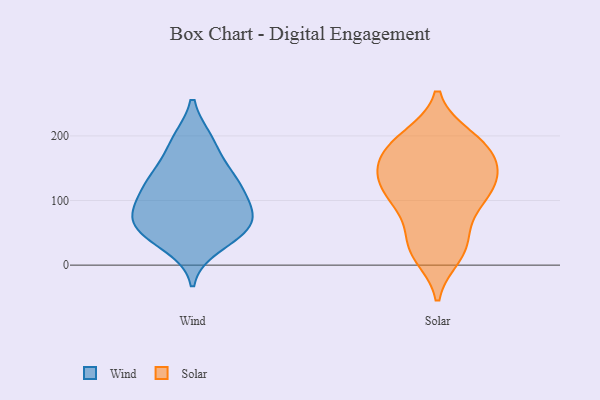
{"axis": {"x": "Population (Million)", "y": "Value"}, "legend": ["Solar", "Wind"], "data": [{"x": "", "y": 192, "type": "Wind"}, {"x": "", "y": 191, "type": "Wind"}, {"x": "", "y": 91, "type": "Wind"}, {"x": "", "y": 133, "type": "Wind"}, {"x": "", "y": 59, "type": "Wind"}, {"x": "", "y": 31, "type": "Wind"}, {"x": "", "y": 130, "type": "Wind"}, {"x": "", "y": 60, "type": "Wind"}, {"x": "", "y": 142, "type": "Wind"}, {"x": "", "y": 91, "type": "Wind"}, {"x": "", "y": 119, "type": "Wind"}, {"x": "", "y": 50, "type": "Wind"}, {"x": "", "y": 60, "type": "Wind"}, {"x": "", "y": 79, "type": "Wind"}, {"x": "", "y": 86, "type": "Solar"}, {"x": "", "y": 136, "type": "Solar"}, {"x": "", "y": 198, "type": "Solar"}, {"x": "", "y": 178, "type": "Solar"}, {"x": "", "y": 113, "type": "Solar"}, {"x": "", "y": 30, "type": "Solar"}, {"x": "", "y": 198, "type": "Solar"}, {"x": "", "y": 127, "type": "Solar"}, {"x": "", "y": 185, "type": "Solar"}, {"x": "", "y": 87, "type": "Solar"}, {"x": "", "y": 160, "type": "Solar"}, {"x": "", "y": 105, "type": "Solar"}, {"x": "", "y": 30, "type": "Solar"}, {"x": "", "y": 156, "type": "Solar"}, {"x": "", "y": 139, "type": "Solar"}, {"x": "", "y": 16, "type": "Solar"}, {"x": "", "y": 29, "type": "Solar"}, {"x": "", "y": 123, "type": "Solar"}, {"x": "", "y": 181, "type": "Solar"}]}